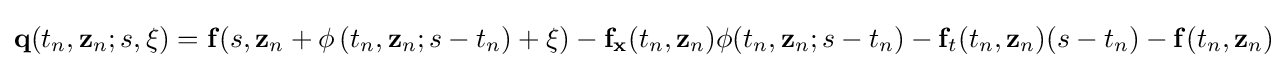
\mathbf {q} (t_{n},\mathbf {z} _{n};s\mathbf {,\xi } )=\mathbf {f} (s,\mathbf {z} _{n}+\mathbf {\phi } \left(t_{n},\mathbf {z} _{n};s-t_{n}\right)+\mathbf {\xi } )-\mathbf {f} _{\mathbf {x} }(t_{n},\mathbf {z} _{n})\mathbf {\phi } (t_{n},\mathbf {z} _{n};s-t_{n})-\mathbf {f} _{t}(t_{n},\mathbf {z} _{n})(s-t_{n})-\mathbf {f} (t_{n},\mathbf {z} _{n})